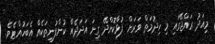
މިއަދު ރައްޖޭގައި މި ހިދުމަތް ވަރަށް ފުޅާކޮށްދޭ ގިނަ އަދަދެއް ކުންފުނިތަކެއް އެބަހުއްޓެވެ.